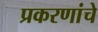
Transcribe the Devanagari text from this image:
प्रकरणांचे